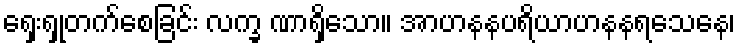
ရှေးရှုတက်စေခြင်း လက္ခ ဏာရှိသော။ အာဟနနပရိယာဟနနရသေနေ၊